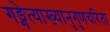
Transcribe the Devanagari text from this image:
गङ्गेत्याख्यानुगुणचरिता